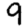
Digit: 9